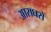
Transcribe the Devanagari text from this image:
आराघरों